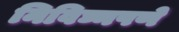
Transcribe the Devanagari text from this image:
निविघ्नपणे